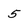
Character: 5